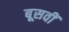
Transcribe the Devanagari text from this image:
बूसवीं